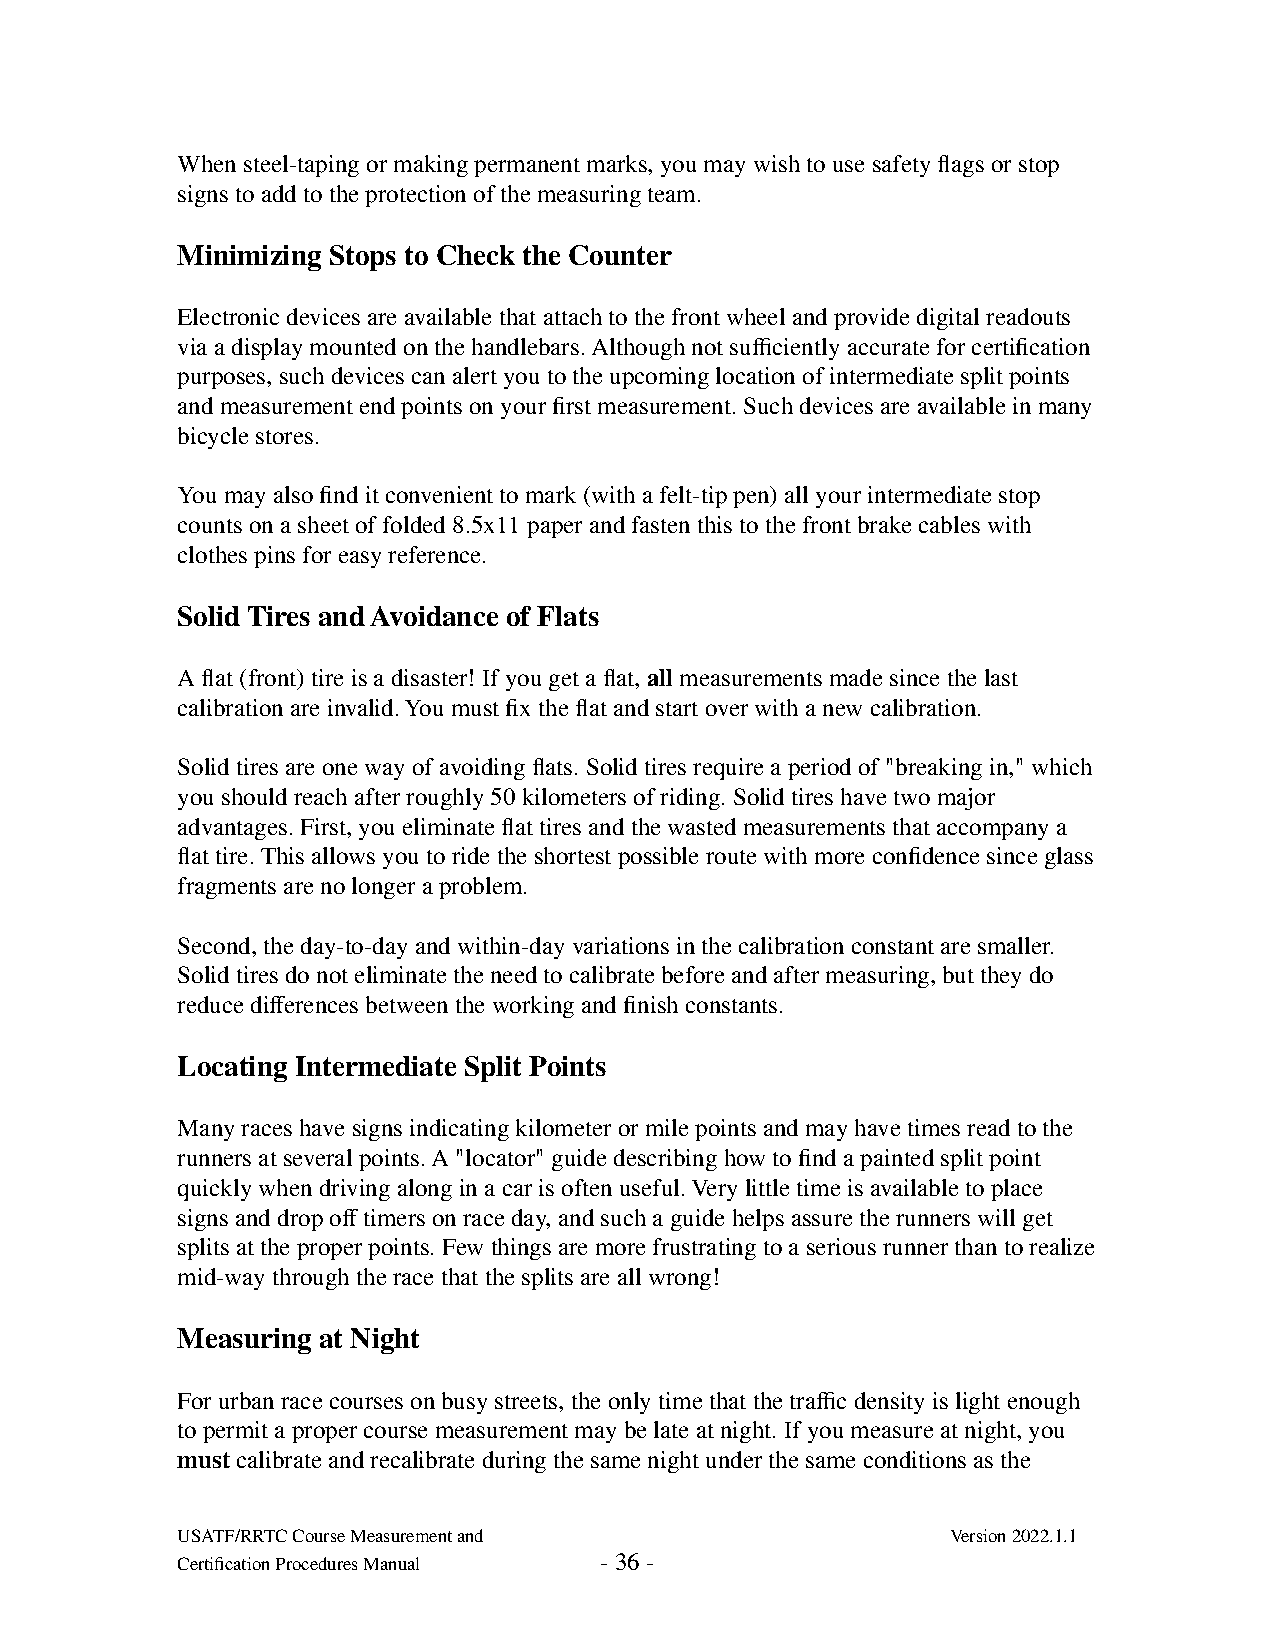
When steel-taping or making permanent marks, you may wish to use safety flags or stop
 signs to add to the protection of the measuring team.
 Minimizing Stops to Check the Counter
 Electronic devices are available that attach to the front wheel and provide digital readouts
 via a display mounted on the handlebars. Although not sufficiently accurate for certification
 purposes, such devices can alert you to the upcoming location of intermediate split points
 and measurement end points on your first measurement. Such devices are available in many
 bicycle stores.
 You may also find it convenient to mark (with a felt-tip pen) all your intermediate stop
 counts on a sheet of folded 8.5x11 paper and fasten this to the front brake cables with
 clothes pins for easy reference.
 Solid Tires and Avoidance of Flats
 A flat (front) tire is a disaster! If you get a flat, all measurements made since the last
 calibration are invalid. You must fix the flat and start over with a new calibration.
 Solid tires are one way of avoiding flats. Solid tires require a period of "breaking in," which
 you should reach after roughly 50 kilometers of riding. Solid tires have two major
 advantages. First, you eliminate flat tires and the wasted measurements that accompany a
 flat tire. This allows you to ride the shortest possible route with more confidence since glass
 fragments are no longer a problem.
 Second, the day-to-day and within-day variations in the calibration constant are smaller.
 Solid tires do not eliminate the need to calibrate before and after measuring, but they do
 reduce differences between the working and finish constants.
 Locating Intermediate Split Points
 Many races have signs indicating kilometer or mile points and may have times read to the
 runners at several points. A "locator" guide describing how to find a painted split point
 quickly when driving along in a car is often useful. Very little time is available to place
 signs and drop off timers on race day, and such a guide helps assure the runners will get
 splits at the proper points. Few things are more frustrating to a serious runner than to realize
 mid-way through the race that the splits are all wrong!
 Measuring at Night
 For urban race courses on busy streets, the only time that the traffic density is light enough
 to permit a proper course measurement may be late at night. If you measure at night, you
 must calibrate and recalibrate during the same night under the same conditions as the
 USATF/RRTC Course Measurement and                  Version 2022.1.1
 Certification Procedures Manual - 36 -